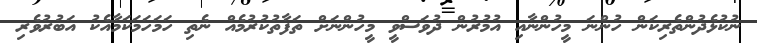
ނުކުޅެދުންތެރިކަން ހުންނަ މީހުންނާއި އުމުރުން ދުވަސްވީ މީހުންނަށް ތަފާތުކުރުމެއް ނެތި ހަމަހަމަކަމާއެކު އަބުރުވެރި